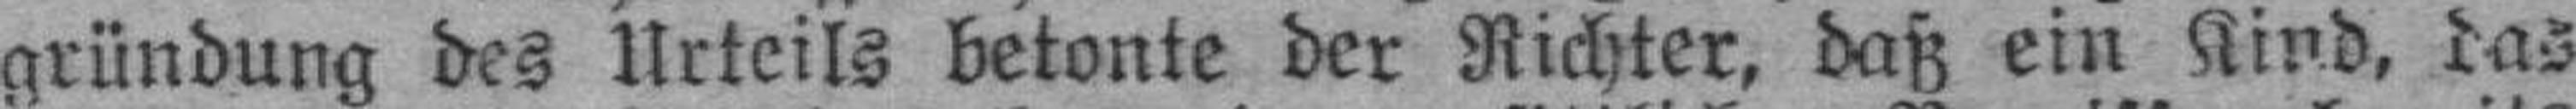
gründung des Urteils betonte der Richter, daß ein Kind, das